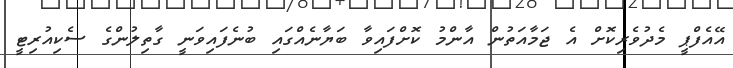
އޭއެފްޕީ މެދުވެރިކޮށް އެ ޖަމާއަތުން އާންމު ކޮށްފައިވާ ބަޔާނެއްގައި ބުނެފައިވަނީ ގާތިލުންގެ ސެކިއުރިޓީ